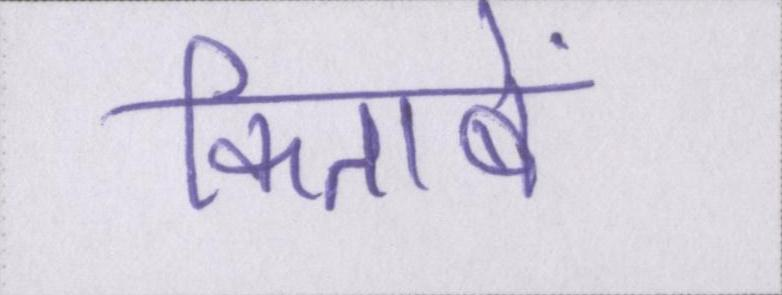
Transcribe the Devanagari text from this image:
किताबें